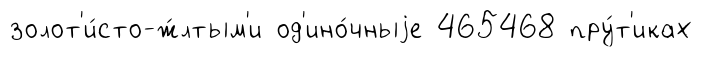
золот'и́сто-ж́лтым'и од'ино́чныjе 465468 пру́т'иках